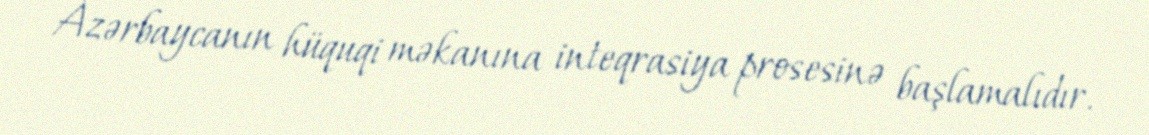
Azərbaycanın hüquqi məkanına inteqrasiya prosesinə başlamalıdır.